Parnu_kinnistusamet, lk 21
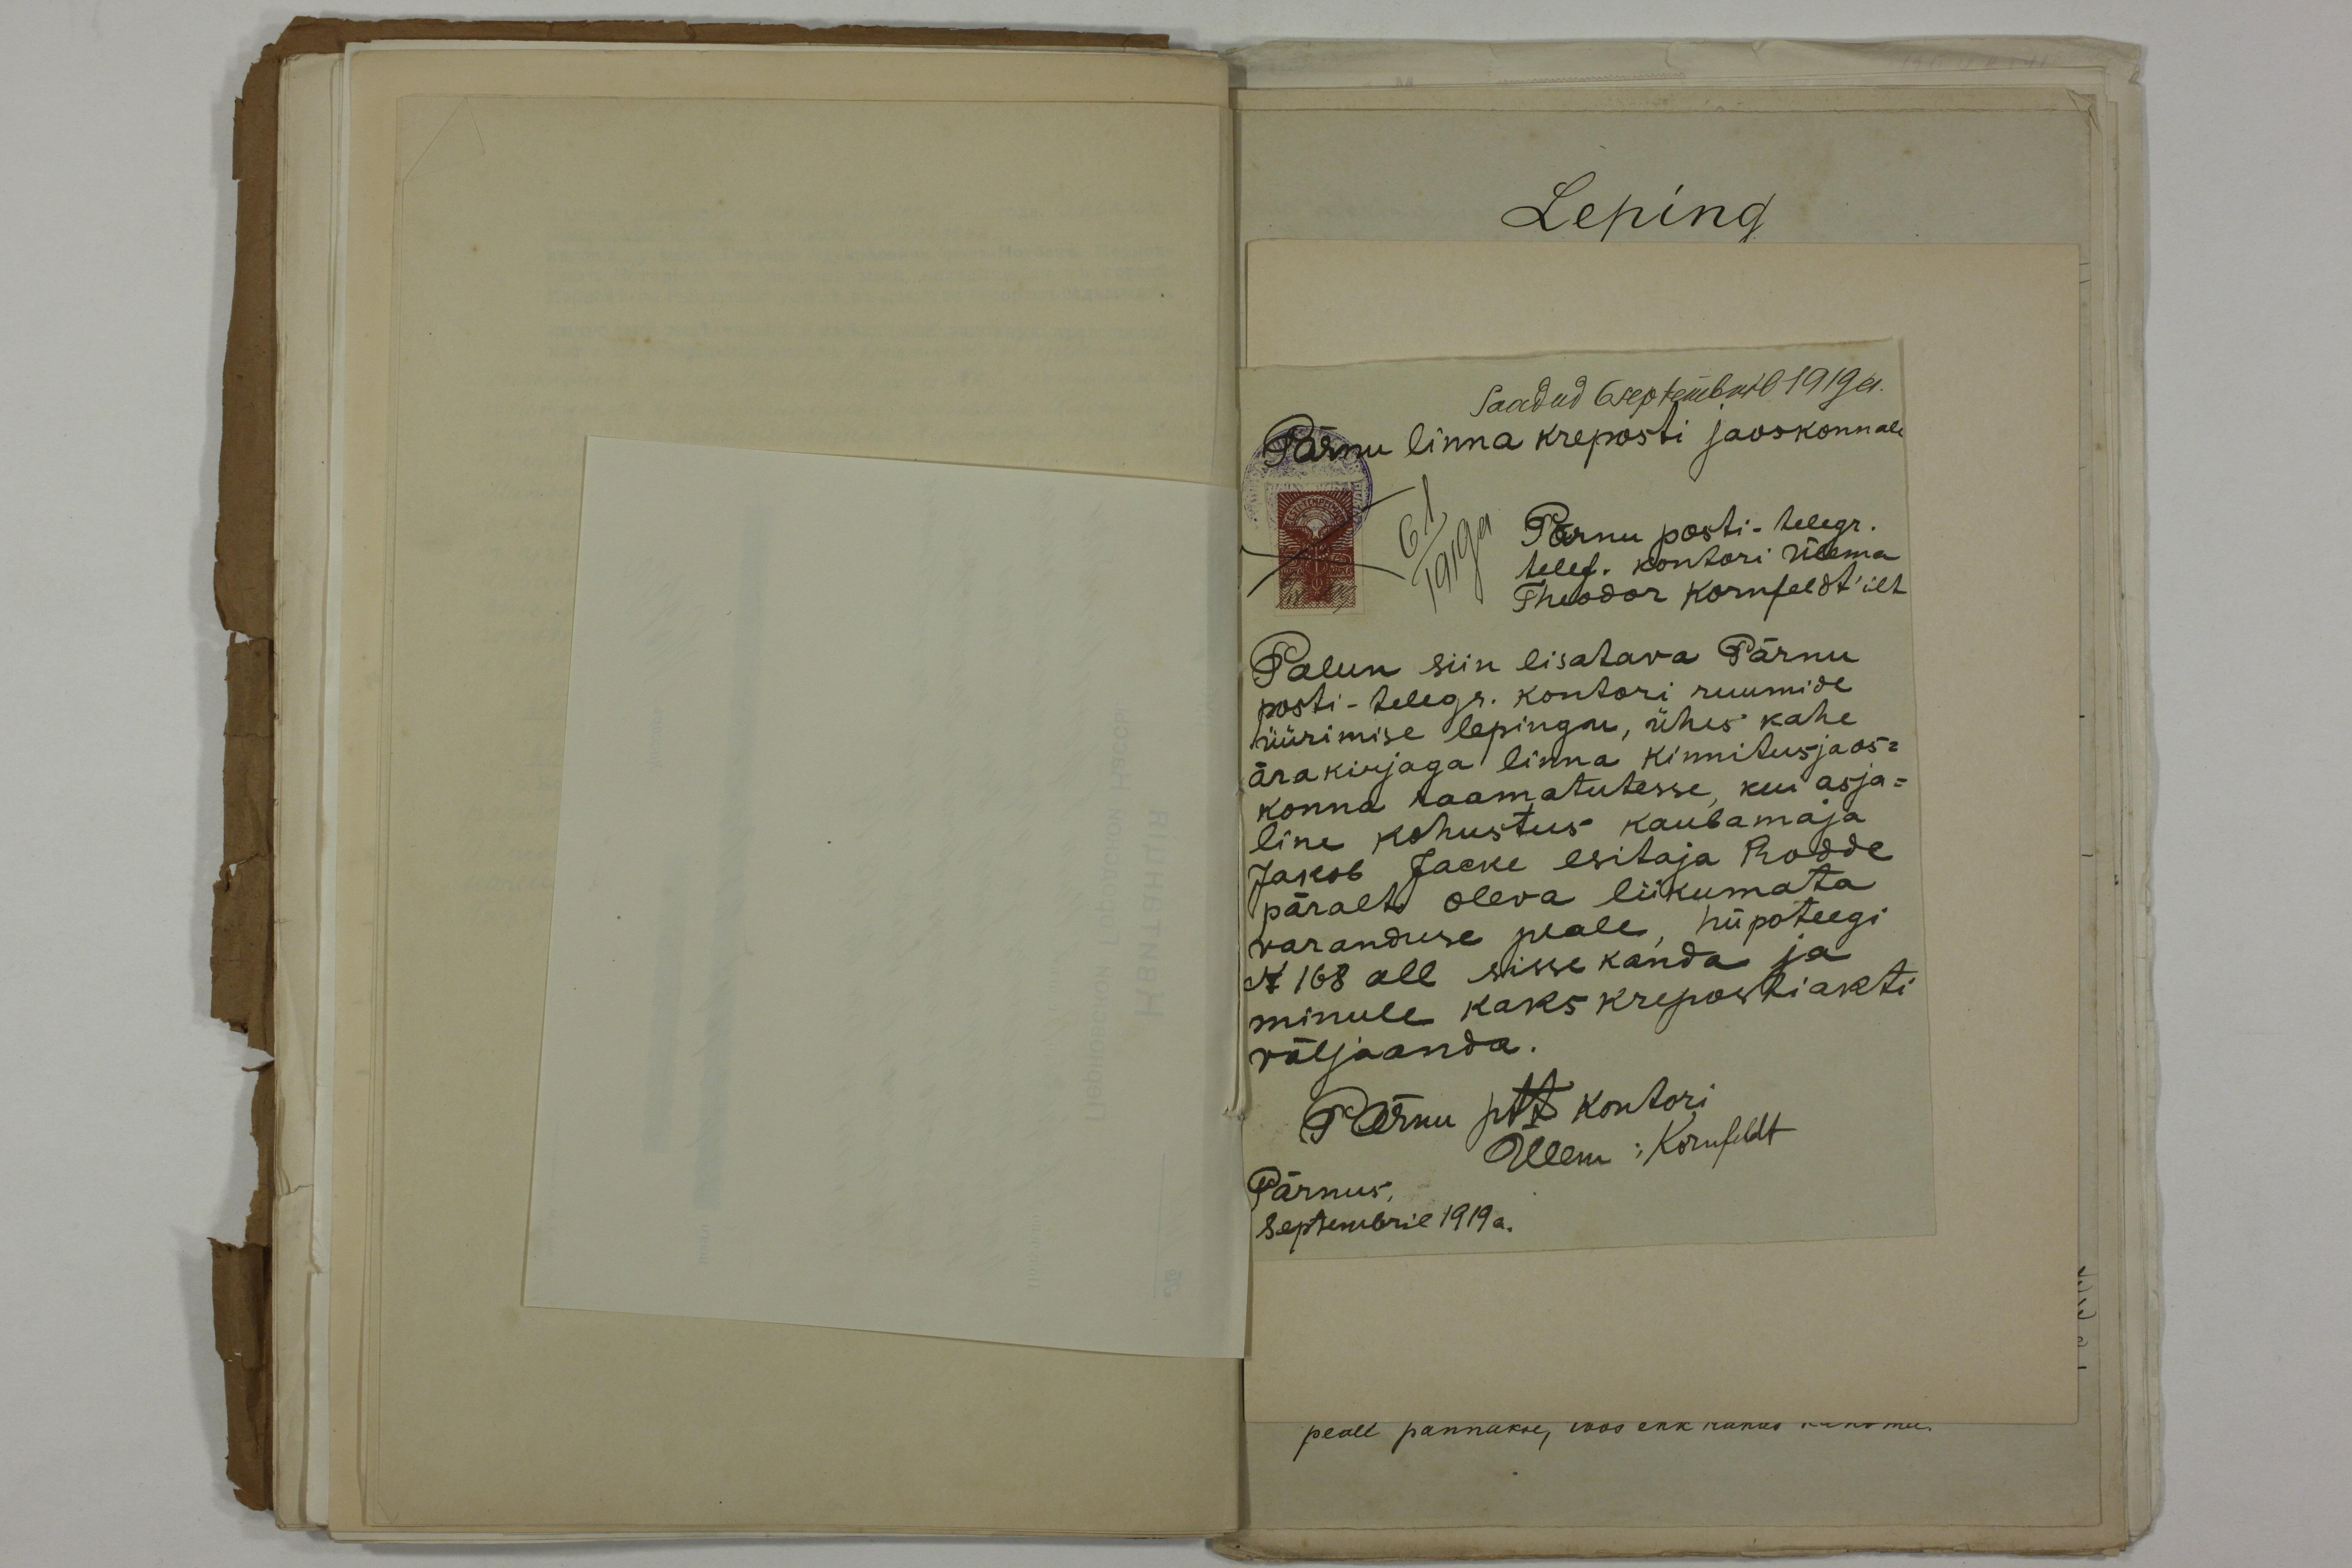
Saadud 6 septembril 1919 a.
Pärnu linna kreposti jaoskonnale
61
1919 a
Pärnu posti-telegr.
telef. kontori Ülema
Theodor Kornfeldt'ilt
Palun siin lisatava Pärnu
posti-telegr. kontori ruumide
üürimise lepingu, ühes kahe
ärakirjaga linna kinnitusjaos-
konna raamatutesse, kui asja-
line kohustus kaubamaja
Jakob Jacke esitaja Rodde
päralt oleva liikumata
varanduse peale, hüpoteegi
N 168 all sisse kanda ja
minule kaks krepostiakti
väljaanda.
Pärnu ptt kontori
Ülem: Kornfeldt
Pärnus,
septembril 1919 a.